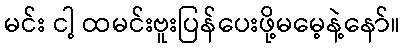
မင်း ငါ့ ထမင်းဗူးပြန်ပေးဖို့မမေ့နဲ့နော်။